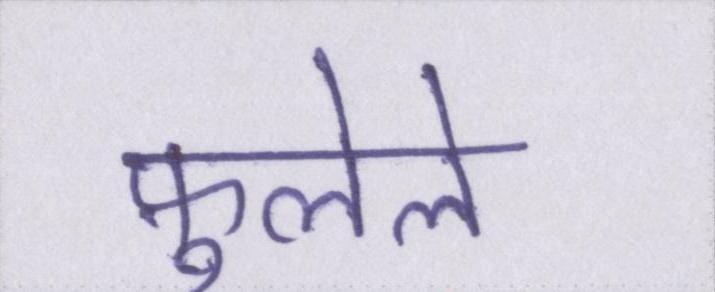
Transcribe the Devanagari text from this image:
फ़ुलेले